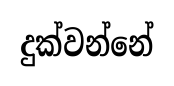
දුක්වන්නේ